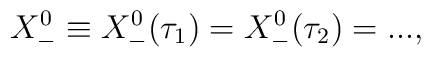
X^0_-\equiv X^0_-(\tau_1)=X^0_-(\tau_2)=...,